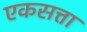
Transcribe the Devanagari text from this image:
एकसत्ता